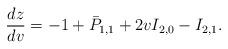
LaTeX: \begin{align*} \frac{dz}{dv}=-1+\bar{P}_{1,1}+2vI_{2,0}-I_{2,1}.\end{align*}